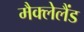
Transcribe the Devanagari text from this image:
मैक्लेलैंड